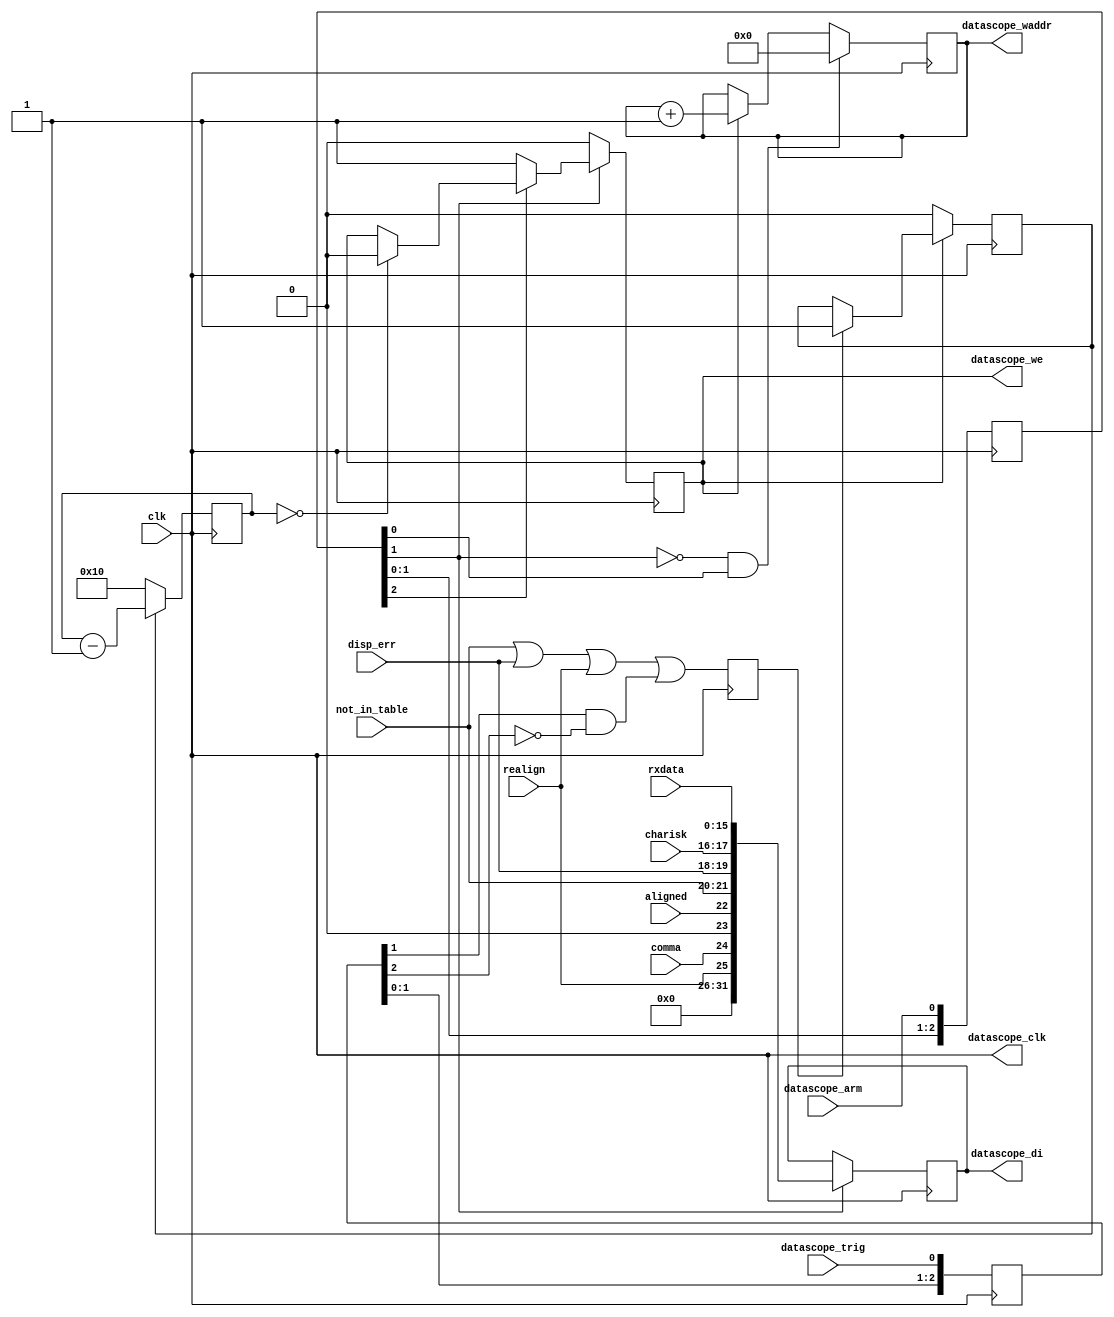
module  datascope_incoming_raw#(
    parameter ADDRESS_BITS =         10, 
    parameter DATASCOPE_POST_MEAS =  16  
)(
    input                     clk, 
    input               [1:0] charisk,
    input              [15:0] rxdata,
    input                     realign,
    input                     comma,
    input                     aligned,
    input               [1:0] not_in_table,
    input               [1:0] disp_err,
    input                     datascope_arm,
    output                    datascope_clk,
    output [ADDRESS_BITS-1:0] datascope_waddr,
    output                    datascope_we,
    output reg         [31:0] datascope_di,
    input                     datascope_trig 
);
    reg [ADDRESS_BITS - 1:0 ] datascope_post_cntr;
    reg [ADDRESS_BITS - 1:0 ] datascope_waddr_r;
    reg                 [2:0] datascope_start_r;
    wire                      datascope_event;
    reg                       datascope_event_r;
    reg                       datascope_run;
    reg                       datascope_post_run;
    wire                      datascope_stop =  (DATASCOPE_POST_MEAS == 0) ? datascope_event: (datascope_post_cntr == 0);
    reg                 [2:0] datascope_trig_r;      
    assign datascope_waddr =  datascope_waddr_r;
    assign datascope_we =     datascope_run;
    assign datascope_clk =    clk;
    assign datascope_event = (not_in_table) || (disp_err) || realign || (datascope_trig_r[1] && !datascope_trig_r[2]) ;
    always @ (posedge clk) begin
        datascope_trig_r <= {datascope_trig_r[1:0], datascope_trig};
        datascope_start_r <= {datascope_start_r[1:0],datascope_arm};
        datascope_event_r <=datascope_event;
        if      (!datascope_start_r[1]) datascope_run <= 0;
        else if (!datascope_start_r[2]) datascope_run <= 1;
        else if (datascope_stop)        datascope_run <= 0; 
        if      (!datascope_run)        datascope_post_run <= 0;
        else if (datascope_event_r)     datascope_post_run <= 1;
        if (!datascope_post_run) datascope_post_cntr <= DATASCOPE_POST_MEAS;
        else                     datascope_post_cntr <= datascope_post_cntr  - 1;  
        if (!datascope_start_r[1] && datascope_start_r[0]) datascope_waddr_r <= 0; 
        else if (datascope_run)                            datascope_waddr_r <=  datascope_waddr_r + 1;
        if (datascope_start_r[1]) datascope_di <= {
                                   6'b0,
                                   realign,           
                                   comma,             
                                   1'b0,              
                                   aligned,           
                                   not_in_table[1:0], 
                                   disp_err[1:0],     
                                   charisk[1:0],      
                                   rxdata[15:0]};     
    end
endmodule